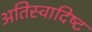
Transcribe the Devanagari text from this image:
अतिस्‍वादिष्‍ट